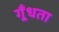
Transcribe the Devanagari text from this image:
गूँधता